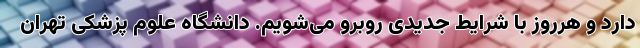
دارد و هرروز با شرایط جدیدی روبرو می‌شویم. دانشگاه علوم پزشکی تهران